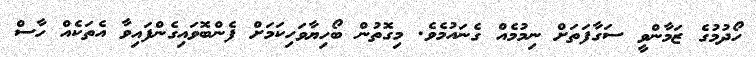
ހޯދުމުގެ ޒަމާންވީ ސަގާފަތަށް ނިމުމެއް ގެނައުމެވެ. މިގޮތުން ބޯހިޔާވަހިކަމަށް ފެންބޮވައިގެންފައިވާ އެތަކެއް ހާސް